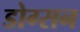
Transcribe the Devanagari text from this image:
डोग्सन